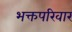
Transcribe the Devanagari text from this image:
भक्तपरिवार